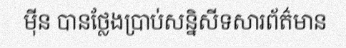
ម៉ីន បានថ្លែងប្រាប់សន្និសីទសារព័ត៌មាន